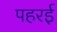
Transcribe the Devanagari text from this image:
पहरई